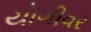
યોગીવર